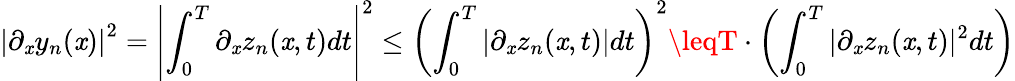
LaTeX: \left\vert\partial_{\mathit{x}}y_{n}(\mathit{x})\right\vert^{2}=\left\vert\int_{0}^{T}\partial_{\mathit{x}}z_{n}(\mathit{x},t)dt\right\vert^{2}\leq\left(\int_{0}^{T}|\partial_{\mathit{x}}z_{n}(\mathit{x},t)|dt\right)^{2}\leqT\cdot\left(\int_{0}^{T}|\partial_{\mathit{x}}z_{n}(\mathit{x},t)|^{2}dt\right)